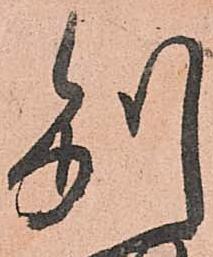
別